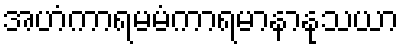
အဟံကာရမမံကာရမာနာနုသယာ